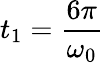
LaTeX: t_{1}=\frac{6\pi}{\omega_{0}}